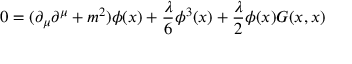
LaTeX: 0 = ( \partial _ { \mu } \partial ^ { \mu } + m ^ { 2 } ) { \phi ( x ) } + { \frac { \lambda } { 6 } } \phi ^ { 3 } ( x ) + { \frac { \lambda } { 2 } } \phi ( x ) G ( x , x )